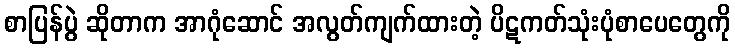
စာပြန်ပွဲ ဆိုတာက အာဂုံဆောင် အလွတ်ကျက်ထားတဲ့ ပိဋကတ်သုံးပုံစာပေတွေကို